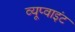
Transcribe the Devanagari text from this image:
व्यूप्वाइंट